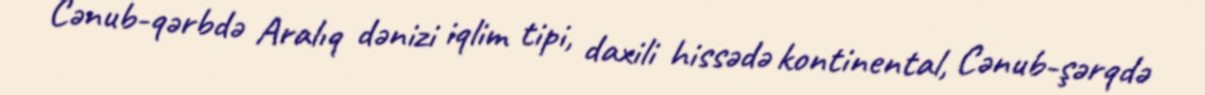
Cənub-qərbdə Aralıq dənizi iqlim tipi, daxili hissədə kontinental, Cənub-şərqdə